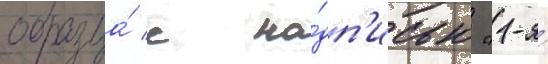
образца́ с на́дп'исью "1-я́